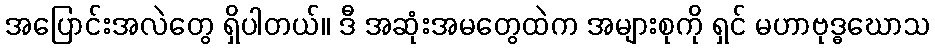
အပြောင်းအလဲတွေ ရှိပါတယ်။ ဒီ အဆုံးအမတွေထဲက အများစုကို ရှင် မဟာဗုဒ္ဓဃောသ